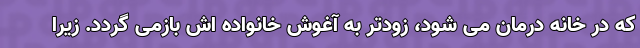
که در خانه درمان می شود، زودتر به آغوش خانواده اش بازمی گردد. زیرا